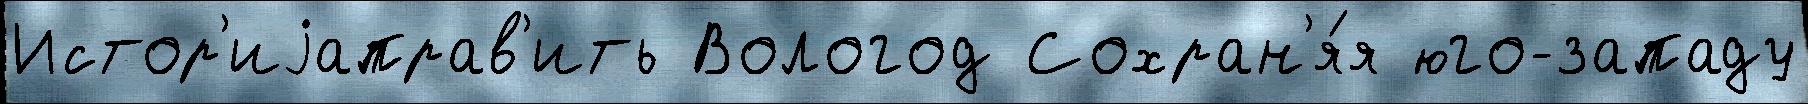
Истор'иjаправ'ить Вологод Сохран'я́я юго-западу